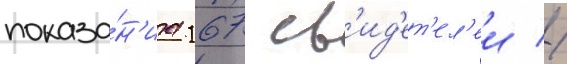
показа́н'иа 167 св'ид'ет'ел'еи //